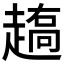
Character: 𰷼